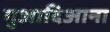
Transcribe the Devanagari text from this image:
गुआदिआना